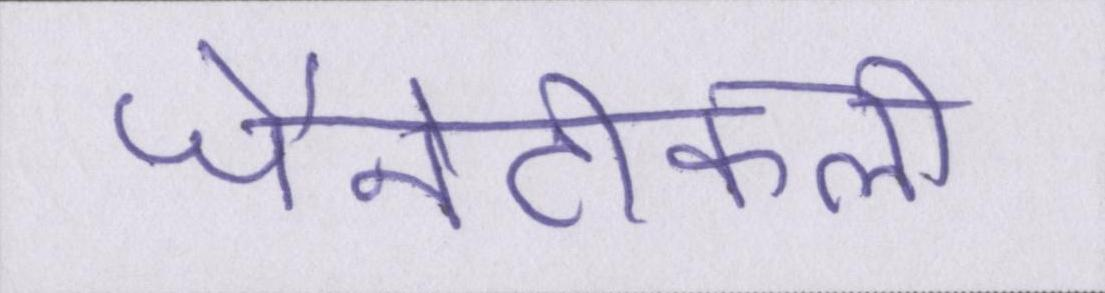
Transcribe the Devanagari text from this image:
जैनेटीकली